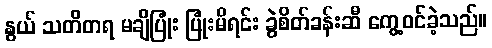
နွယ် သတိတရ မချိပြုံး ပြုံးမိရင်း ခွဲစိတ်ခန်းဆီ ကွေ့ဝင်ခဲ့သည်။